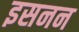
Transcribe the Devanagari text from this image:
इसनन